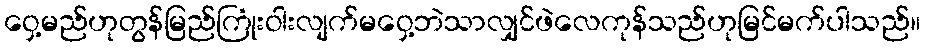
ဝှေ့မည်ဟုတွန်မြည်ကြုံးဝါးလျက်မဝှေ့ဘဲသာလျှင်ဖဲလေကုန်သည်ဟုမြင်မက်ပါသည်။